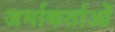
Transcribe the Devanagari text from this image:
जर्माकर्ताओं